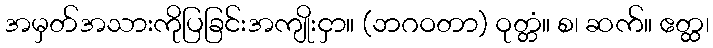
အမှတ်အသားကိုပြခြင်းအကျိုးငှာ။ (ဘဂဝတာ) ဝုတ္တံ။ စ၊ ဆက်။ ဧတ္ထ၊